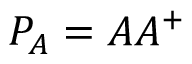
P _ { A } = A A ^ { + }